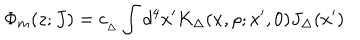
{ \Phi _ { m } ( z ; J ) = c _ { _ { \Delta } } \int d ^ { 4 } x ^ { \prime } K _ { \Delta } ( x , \rho ; x ^ { \prime } , 0 ) J _ { \Delta } ( x ^ { \prime } ) }